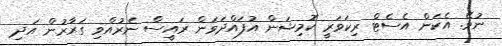
ނުވޭ. އެކަން އެސެޓް ރިކަވަރީ ކޮމިޝަން އުފައްދަވަން ރައީސް ނެރުއްވި ގަރާރުން އަދި